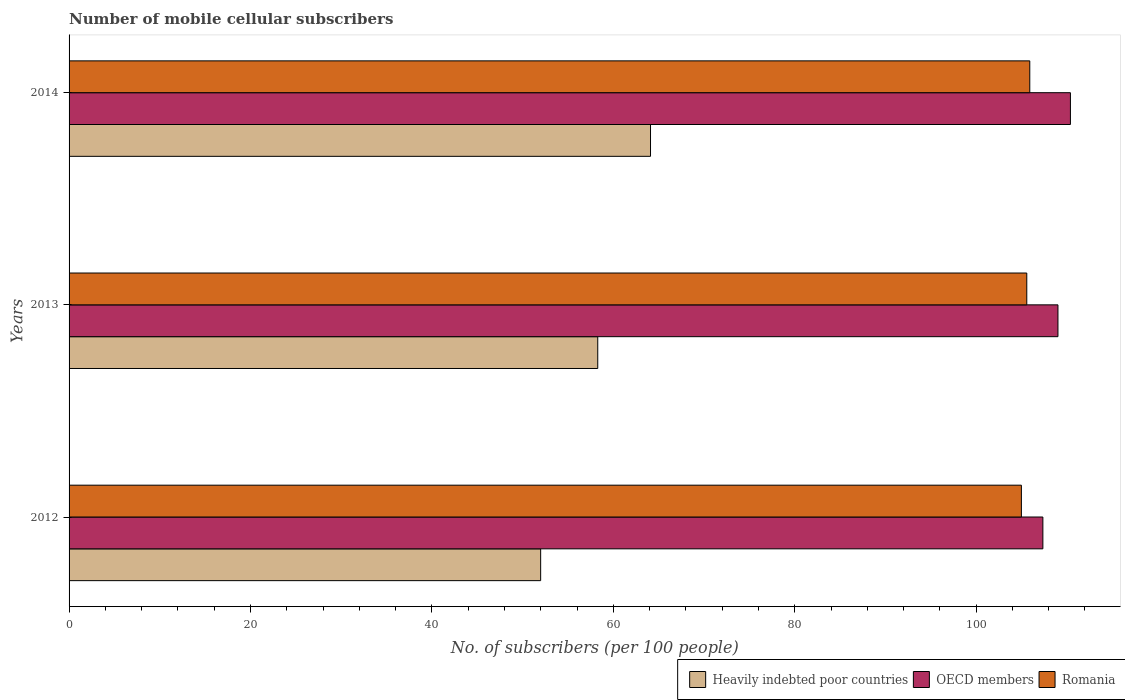
| Years | Heavily indebted poor countries | OECD members | Romania |
 | --- | --- | --- | --- |
 | 2012 | 52 | 107 | 105 |
 | 2013 | 58.3 | 109 | 106 |
 | 2014 | 64.1 | 110 | 106 |